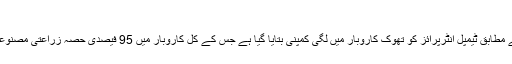
تیزی کے بعد آئی گراوٹ
شاہ کی آر او سی فائلنگ کے مطابق ٹیمپل انٹرپرائز کو تھوک کاروبار میں لگی کمپنی بتایا گیا ہے جس کے کل کاروبار میں 95 فیصدی حصہ زراعتی مصنوعات کی فروخت سے آتا ہے۔